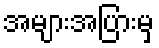
အများအပြားမှ